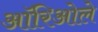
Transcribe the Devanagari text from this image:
ऑरिओले